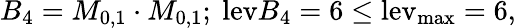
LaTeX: B_{4}=M_{0,1}\cdot M_{0,1};~\mathrm{lev}{B_{4}}=6\le\mathrm{{lev}_{\mathrm{{max}}}=6,}